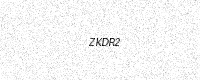
Text: ZKDR2